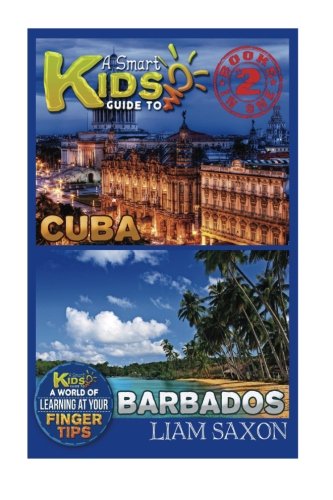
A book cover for A Smart Kids Guide To CUBA AND BARBADOS: A World Of Learning At Your Fingertips; Liam Saxon; Travel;